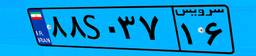
۸۸S۰۳۷۱۶